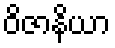
ဝိဇာနိယာ